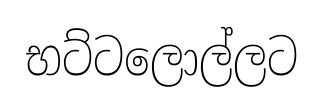
භට්ටලොල්ලට